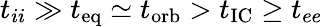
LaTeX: t_{ii}\gg t_{\mathrm{eq}}\simeq t_{\mathrm{orb}}>t_{\mathrm{IC}}\geq t_{ee}